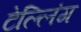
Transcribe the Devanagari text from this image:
टेल्लिंग